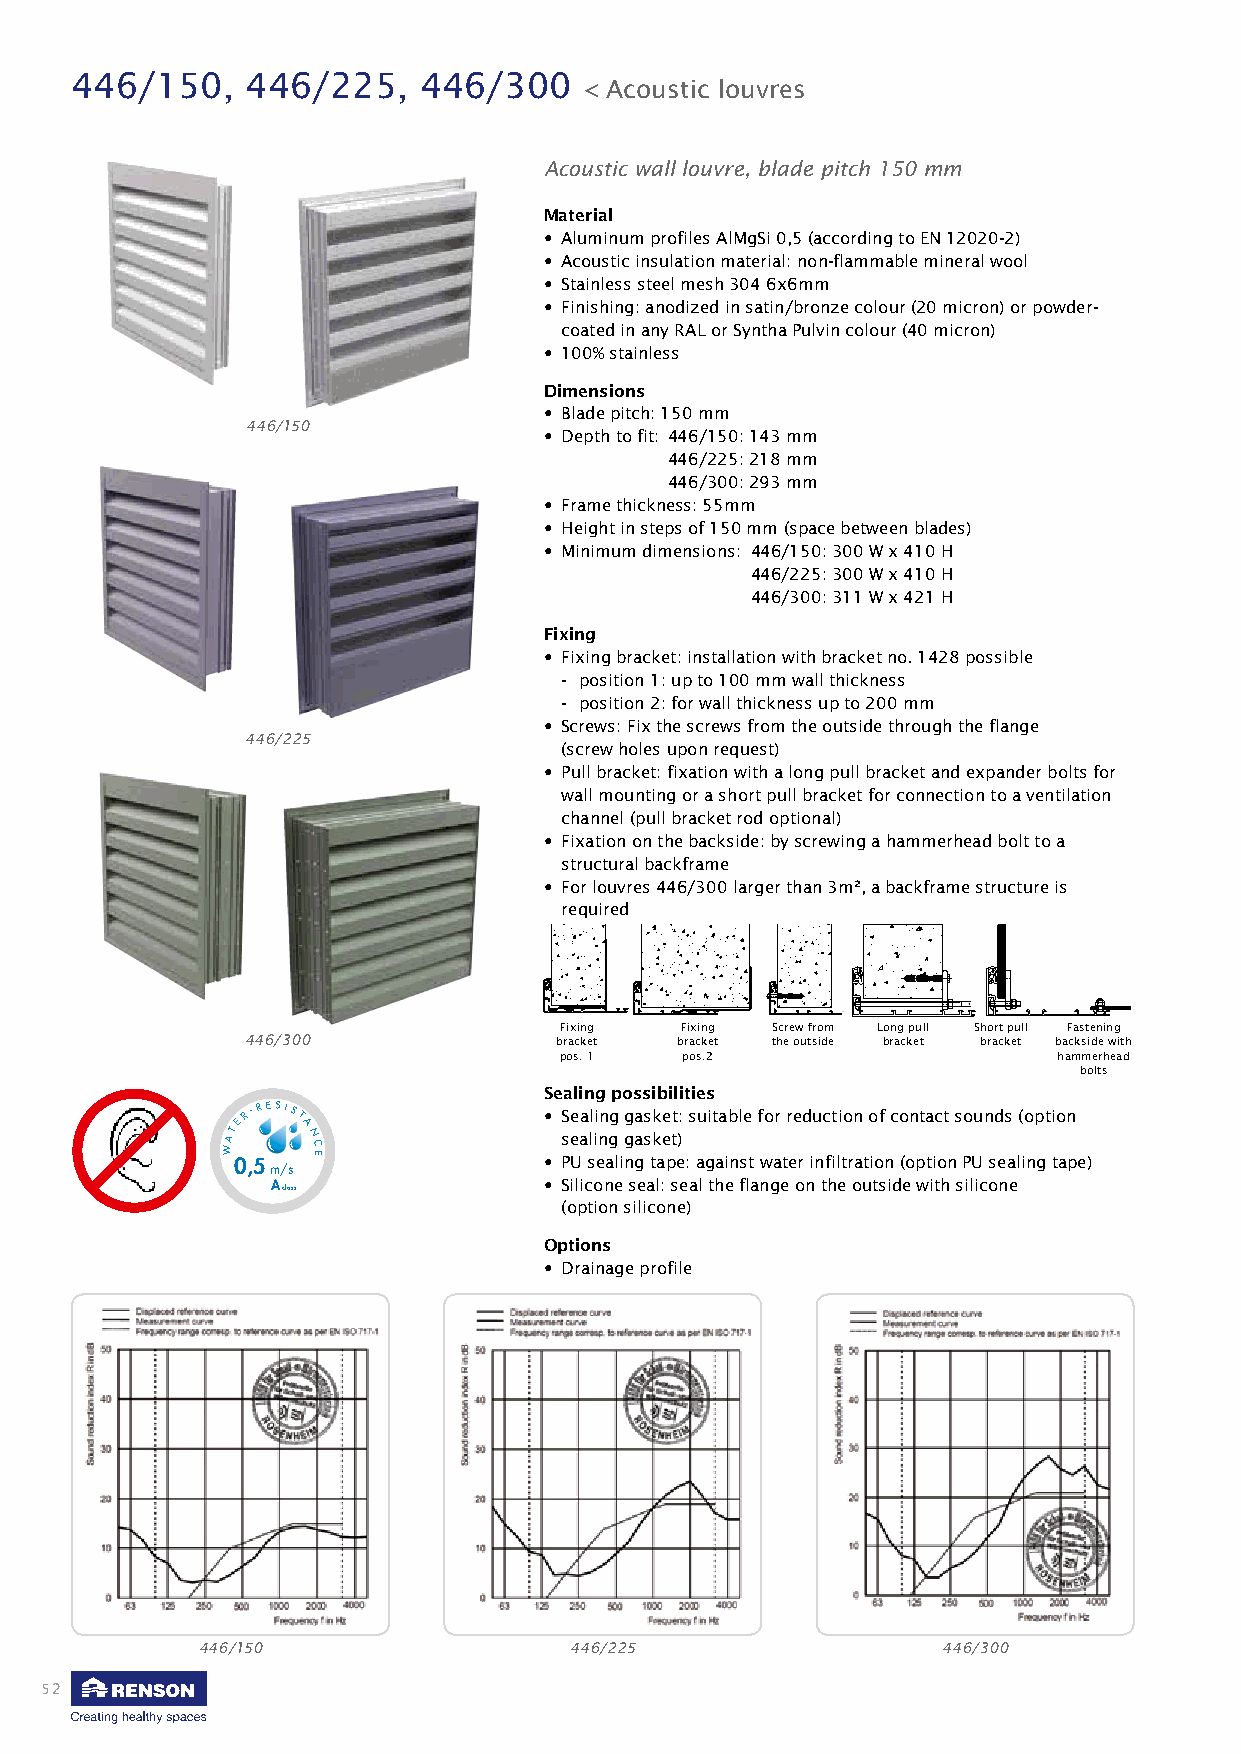
446/150,   446/225,    446/300
 < Acoustic louvres
 Acoustic wall louvre, blade pitch 150 mm
 Material
 • Aluminum profiles AlMgSi 0,5 (according to EN 12020-2)
 • Acoustic insulation material: non-flammable mineral wool
 • Stainless steel mesh 304 6x6mm
 • Finishing: anodized in satin/bronze colour (20 micron) or powder-
 coated in any RAL or Syntha Pulvin colour (40 micron)
 • 100% stainless
 Dimensions
 • Blade pitch: 150 mm
 446/150
 • Depth to fit: 446/150: 143 mm
 446/225: 218 mm
 446/300: 293 mm
 • Frame thickness: 55mm
 • Height in steps of 150 mm (space between blades)
 • Minimum dimensions: 446/150: 300 W x 410 H
 446/225: 300 W x 410 H
 446/300: 311 W x 421 H
 Fixing
 • Fixing bracket: installation with bracket no. 1428 possible
 - position 1: up to 100 mm wall thickness
 - position 2: for wall thickness up to 200 mm
 • Screws: Fix the screws from the outside through the flange
 446/225
 (screw holes upon request)
 • Pull bracket: fixation with a long pull bracket and expander bolts for
 wall mounting or a short pull bracket for connection to a ventilation
 channel (pull bracket rod optional)
 • Fixation on the backside: by screwing a hammerhead bolt to a
 structural backframe
 • For louvres 446/300 larger than 3m², a backframe structure is
 required
 Fixing  Fixing Screw from Long pull Short pull Fastening
 446/300              bracket bracket the outside bracket bracket backside with
 pos. 1  pos.2                    hammerhead
 bolts
 Sealing possibilities
 ATER-RESIST
 A
 N
 • S see aa ll ii nn gg gg aa ss kk ee tt ): suitable for reduction of contact sounds (option
 W 0 ,5
 m
 A
 / clas
 ss
 C E            •
 •
 P SiU
 li
 cs oe na eli n sg
 e
 at la :p se e:
 a
 a
 l
 g tha ein fs lt
 a
 nw ga ete or nin tf hil et r oa uti to sn
 id
 ( eo p wt ii to hn
 s
 P ilU
 ic
 ose na el i ng tape)
 (option silicone)
 Options
 • Drainage profile
 446/150                  446/225                 446/300
 52